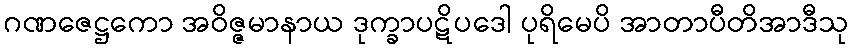
ဂဏဇေဋ္ဌကော အဝိဇ္ဇမာနာယ ဒုက္ခာပဋိပဒေါ ပုရိမေပိ အာတာပီတိအာဒီသု